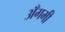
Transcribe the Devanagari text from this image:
अँगमी